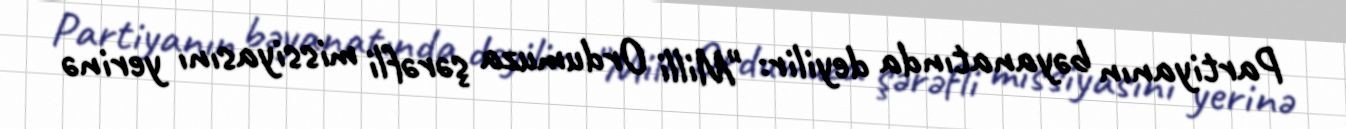
Partiyanın bəyanatında deyilir: "Milli Ordumuza şərəfli missiyasını yerinə